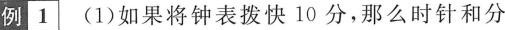
例1 (1)如果将钟表拨快10分，那么时针和分